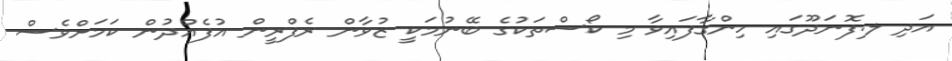
އަދި ލ.ފޮނަދޫގައި ހިންގާފައިވާ މި ކޯސްތަކުގެ ބޭނުމަކީ ޒުވާން ރެފްރީން އުފެއްދުން ކަމަށްވެސް